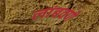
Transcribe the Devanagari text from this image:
लांबवणे